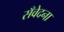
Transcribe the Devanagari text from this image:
सँवेदना